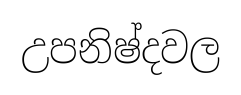
උපනිෂ්දවල